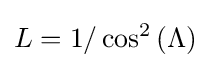
L=1/\cos ^{2}\left(\Lambda \right)